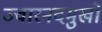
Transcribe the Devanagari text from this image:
ज्वारनदमुखों